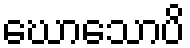
ဃောသောပိ